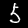
Label: 5